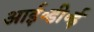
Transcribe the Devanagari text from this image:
आई॰डी॰ई